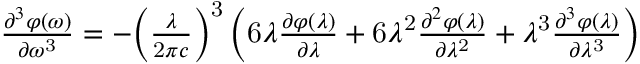
{ \begin{array} { l } { { \frac { { \partial } ^ { 3 } \varphi \mathrm { ( } \omega \mathrm { ) } } { \partial { \omega } ^ { \mathrm { 3 } } } } = { - } { \left( { \frac { \lambda } { \mathrm { 2 } \pi c } } \right) } ^ { \mathrm { 3 } } \left( \mathrm { 6 } \lambda { \frac { \partial \varphi \mathrm { ( } \lambda \mathrm { ) } } { \partial \lambda } } + \mathrm { 6 } { \lambda } ^ { \mathrm { 2 } } { \frac { { \partial } ^ { 2 } \varphi \mathrm { ( } \lambda \mathrm { ) } } { \partial { \lambda } ^ { \mathrm { 2 } } } } + { \lambda } ^ { \mathrm { 3 } } { \frac { { \partial } ^ { 3 } \varphi \mathrm { ( } \lambda \mathrm { ) } } { \partial { \lambda } ^ { \mathrm { 3 } } } } \right) } \end{array} }